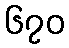
၆၇၀